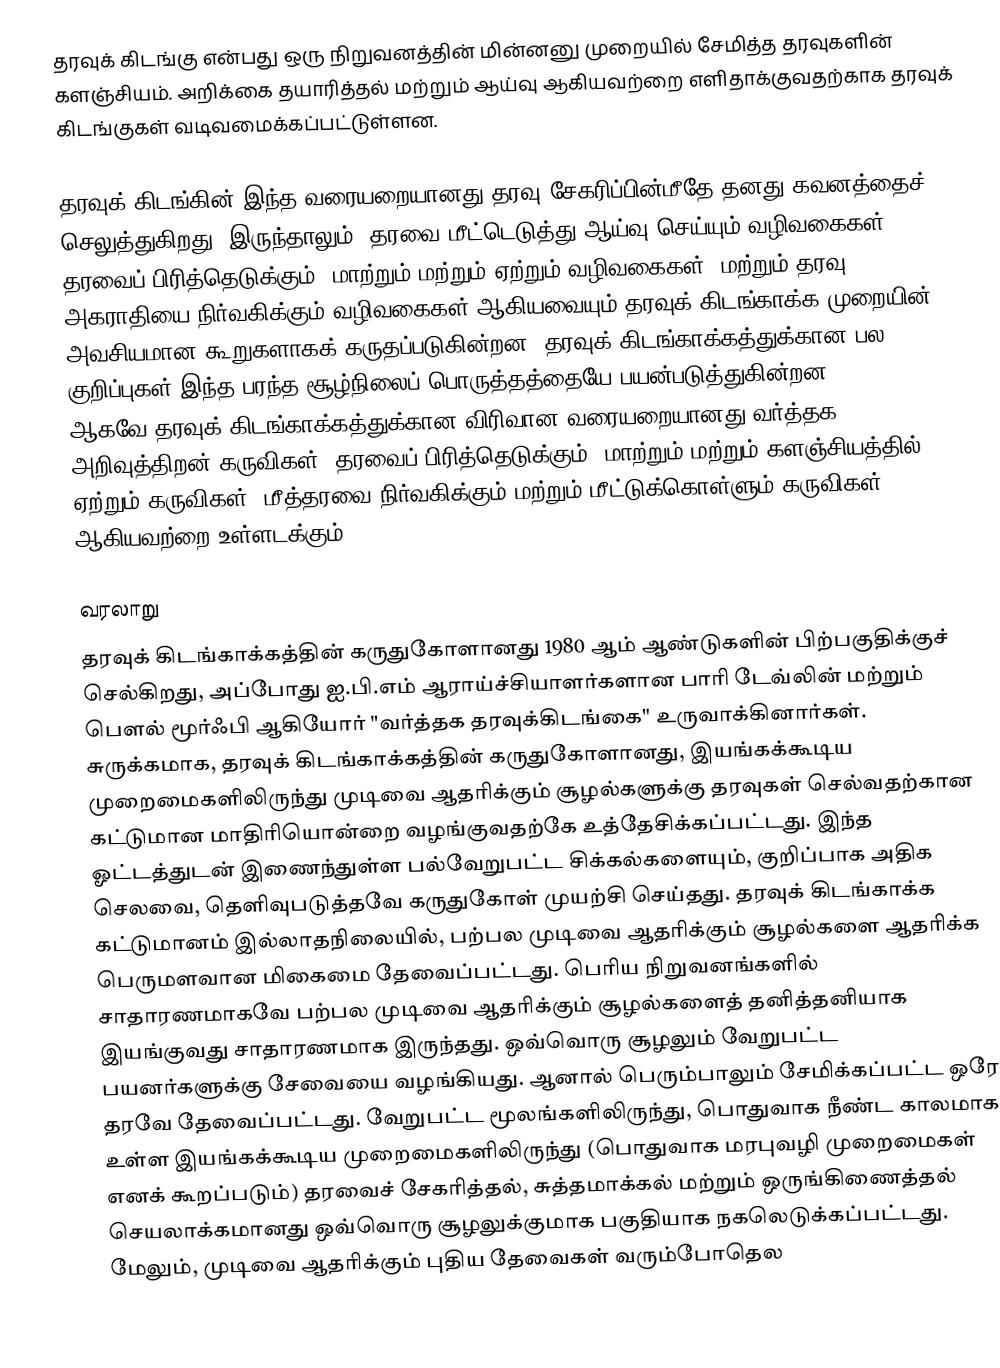
தரவுக் கிடங்கு என்பது ஒரு நிறுவனத்தின் மின்னனு முறையில் சேமித்த தரவுகளின் களஞ்சியம். அறிக்கை தயாரித்தல் மற்றும் ஆய்வு ஆகியவற்றை எளிதாக்குவதற்காக தரவுக் கிடங்குகள் வடிவமைக்கப்பட்டுள்ளன.

தரவுக் கிடங்கின் இந்த வரையறையானது தரவு சேகரிப்பின்மீதே தனது கவனத்தைச் செலுத்துகிறது. இருந்தாலும், தரவை மீட்டெடுத்து ஆய்வு செய்யும் வழிவகைகள், தரவைப் பிரித்தெடுக்கும், மாற்றும் மற்றும் ஏற்றும் வழிவகைகள், மற்றும் தரவு அகராதியை நிர்வகிக்கும் வழிவகைகள் ஆகியவையும் தரவுக் கிடங்காக்க முறையின் அவசியமான கூறுகளாகக் கருதப்படுகின்றன. தரவுக் கிடங்காக்கத்துக்கான பல குறிப்புகள் இந்த பரந்த சூழ்நிலைப் பொருத்தத்தையே பயன்படுத்துகின்றன. ஆகவே,தரவுக் கிடங்காக்கத்துக்கான விரிவான வரையறையானது வர்த்தக அறிவுத்திறன் கருவிகள், தரவைப் பிரித்தெடுக்கும், மாற்றும் மற்றும் களஞ்சியத்தில் ஏற்றும் கருவிகள், மீத்தரவை நிர்வகிக்கும் மற்றும் மீட்டுக்கொள்ளும் கருவிகள் ஆகியவற்றை உள்ளடக்கும்.

வரலாறு
தரவுக் கிடங்காக்கத்தின் கருதுகோளானது 1980 ஆம் ஆண்டுகளின் பிற்பகுதிக்குச் செல்கிறது, அப்போது ஐ.பி.எம் ஆராய்ச்சியாளர்களான பாரி டேவ்லின் மற்றும் பௌல் மூர்ஃபி ஆகியோர் "வர்த்தக தரவுக்கிடங்கை" உருவாக்கினார்கள். சுருக்கமாக, தரவுக் கிடங்காக்கத்தின் கருதுகோளானது, இயங்கக்கூடிய முறைமைகளிலிருந்து முடிவை ஆதரிக்கும் சூழல்களுக்கு தரவுகள் செல்வதற்கான கட்டுமான மாதிரியொன்றை வழங்குவதற்கே உத்தேசிக்கப்பட்டது. இந்த ஓட்டத்துடன் இணைந்துள்ள பல்வேறுபட்ட சிக்கல்களையும், குறிப்பாக அதிக செலவை, தெளிவுபடுத்தவே கருதுகோள் முயற்சி செய்தது. தரவுக் கிடங்காக்க கட்டுமானம் இல்லாதநிலையில், பற்பல முடிவை ஆதரிக்கும் சூழல்களை ஆதரிக்க பெருமளவான மிகைமை தேவைப்பட்டது. பெரிய நிறுவனங்களில் சாதாரணமாகவே பற்பல முடிவை ஆதரிக்கும் சூழல்களைத் தனித்தனியாக இயங்குவது சாதாரணமாக இருந்தது. ஒவ்வொரு சூழலும் வேறுபட்ட பயனர்களுக்கு சேவையை வழங்கியது. ஆனால் பெரும்பாலும் சேமிக்கப்பட்ட ஒரே தரவே தேவைப்பட்டது. வேறுபட்ட மூலங்களிலிருந்து, பொதுவாக நீண்ட காலமாக உள்ள இயங்கக்கூடிய முறைமைகளிலிருந்து (பொதுவாக மரபுவழி முறைமைகள் எனக் கூறப்படும்) தரவைச் சேகரித்தல், சுத்தமாக்கல் மற்றும் ஒருங்கிணைத்தல் செயலாக்கமானது ஒவ்வொரு சூழலுக்குமாக பகுதியாக நகலெடுக்கப்பட்டது. மேலும், முடிவை ஆதரிக்கும் புதிய தேவைகள் வரும்போதெல